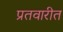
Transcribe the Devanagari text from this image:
प्रतवारीत